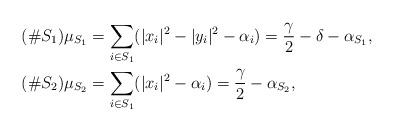
LaTeX: \begin{align*} (\#S_1) \mu_{S_1} &= \sum_{i \in S_1} (|x_i|^2 - |y_i|^2 - \alpha_i) = \frac{\gamma}{2} - \delta - \alpha_{S_1}, \\ (\#S_2) \mu_{S_2} &= \sum_{i \in S_1} (|x_i|^2 - \alpha_i) = \frac{\gamma}{2} - \alpha_{S_2}, \\\end{align*}